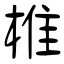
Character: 椎